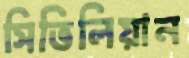
সিভিলিয়ান